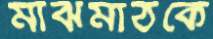
মাঝমাঠকে